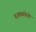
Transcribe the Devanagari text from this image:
वअमळनेरचे